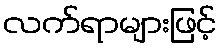
လက်ရာများဖြင့်